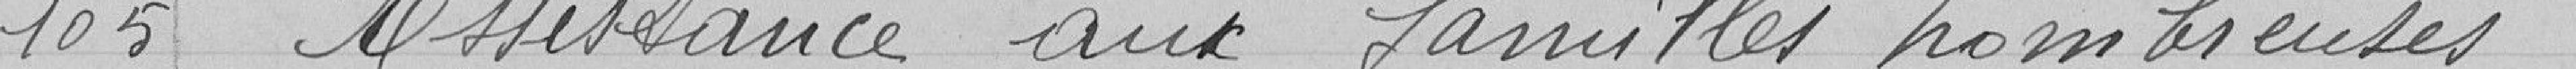
105      Assistance aux familles nombreuses